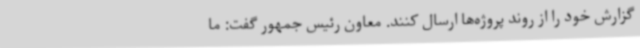
گزارش خود را از روند پروژه‌ها ارسال کنند. معاون رئیس جمهور گفت: ما